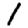
Digit: 1